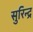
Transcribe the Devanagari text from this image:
सुरिन्द्र